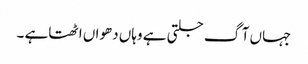
جہاں آگ جلتی ہے وہاں دھواں اٹھتاہے ۔